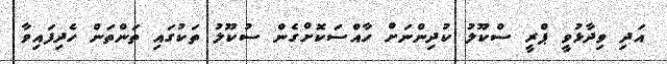
އަދި ވިދާޅުވީ ޕްރީ ސްކޫލު ކުދިންނަށް ހާއްސަކޮށްގެން ސުކޫލު ތަކުގައި ތަންތަން ހެދިފައިވާ